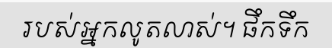
របស់អ្នកលូតលាស់។ ផឹកទឹក